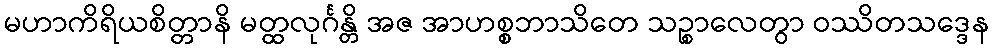
မဟာကိရိယစိတ္တာနိ မတ္ထလုင်္ဂန္တိ အဇ အာဟစ္စဘာသိတေ သဉ္စာလေတွာ ဝဿိတသဒ္ဒေန